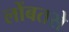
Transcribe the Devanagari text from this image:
लोंबतसे